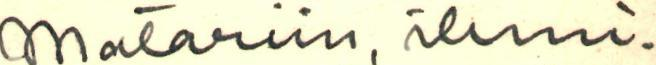
Matariin, ihmi-